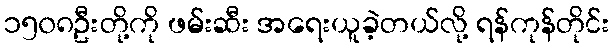
၁၅၀၈ဦးတို့ကို ဖမ်းဆီး အရေးယူခဲ့တယ်လို့ ရန်ကုန်တိုင်း